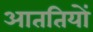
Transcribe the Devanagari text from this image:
आततियों